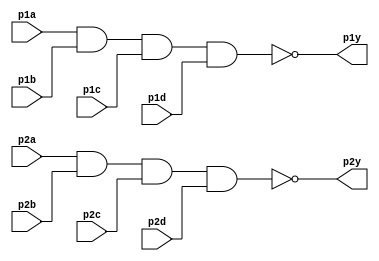
// Exercise 3-1-1-7: 7420 Chip
module Chip7420 (
    input p1a, p1b, p1c, p1d,
    output p1y,
    input p2a, p2b, p2c, p2d,
    output p2y
);
    assign p1y = ~(p1a & p1b & p1c & p1d);
    assign p2y = ~(p2a & p2b & p2c & p2d);
endmodule